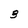
Character: 3